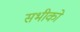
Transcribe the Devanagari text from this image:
सभीको